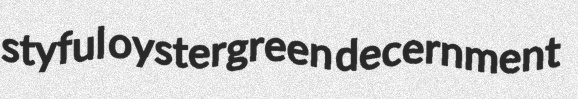
styful oystergreen decernment